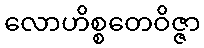
လောဟိစ္စတေဝိဇ္ဇာ